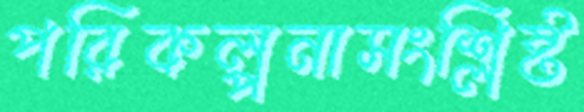
পরিকল্পনাসংশ্লিষ্ট